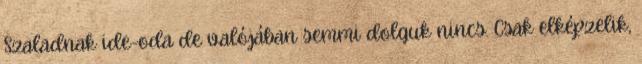
Szaladnak ide-oda de valójában semmi dolguk nincs. Csak elképzelik,